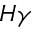
H \gamma